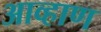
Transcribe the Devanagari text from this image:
आव्हाण